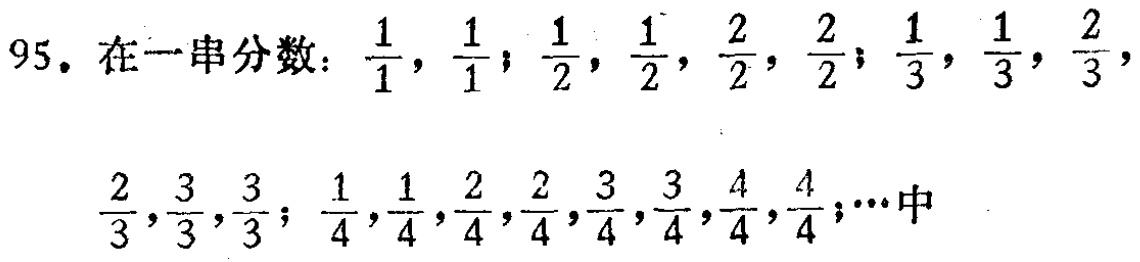
95. 在一串分数：$\frac{1}{1}$，$\frac{1}{1}$；$\frac{1}{2}$，$\frac{1}{2}$，$\frac{2}{2}$，$\frac{2}{2}$；$\frac{1}{3}$，$\frac{1}{3}$，$\frac{2}{3}$，$\frac{2}{3}$，$\frac{3}{3}$，$\frac{3}{3}$；$\frac{1}{4}$，$\frac{1}{4}$，$\frac{2}{4}$，$\frac{2}{4}$，$\frac{3}{4}$，$\frac{3}{4}$，$\frac{4}{4}$，$\frac{4}{4}$；…中